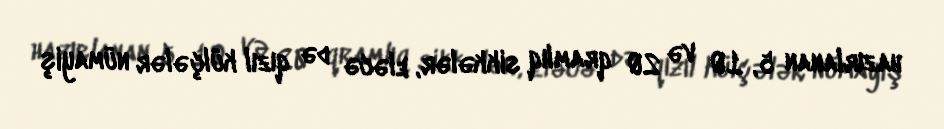
hazırlanan 5, 10 və 20 qramlıq sikkələr, eləcə də qızıl külçələr nümayiş